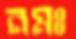
নমঃ